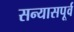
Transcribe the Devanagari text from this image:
सन्यासपूर्व